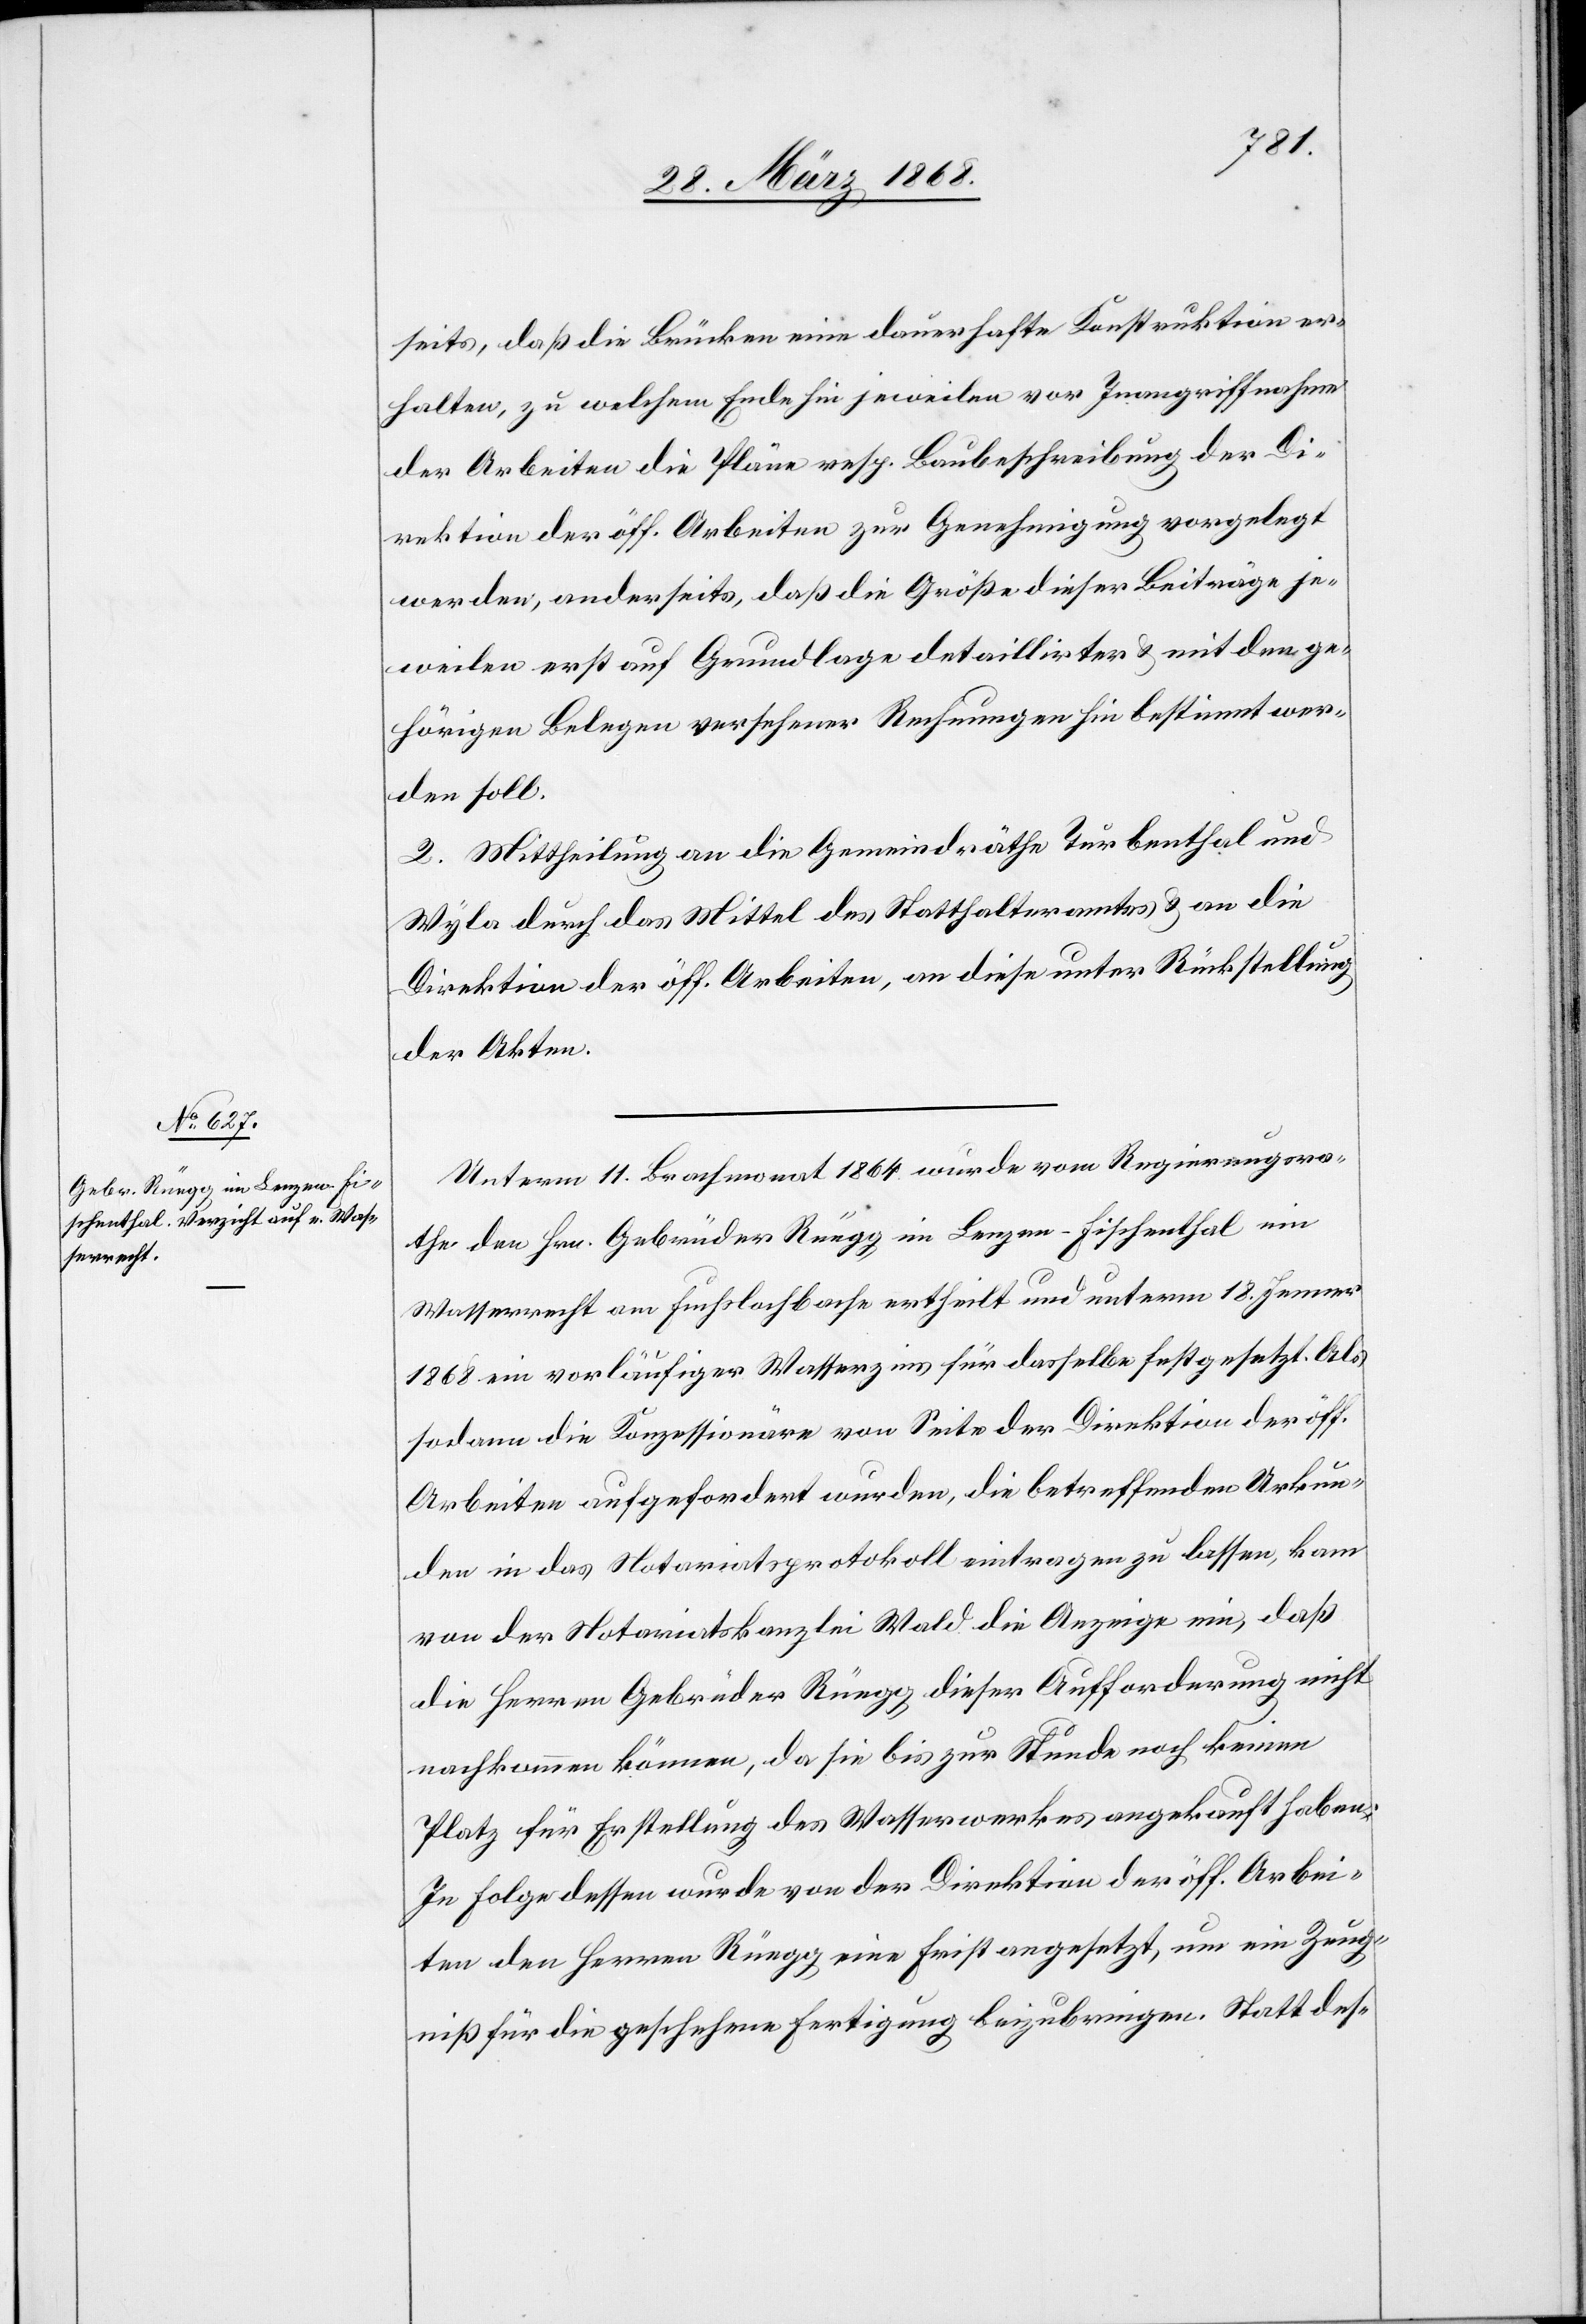
seits, daß die Brücken eine dauerhafte Konstruktion er¬
halten, zu welchem Ende hin jeweilen vor Inangriffnahme
der Arbeiten die Pläne resp. Baubeschreibung der Di¬
rektion der öff. Arbeiten zur Genehmigung vorgelegt
werden, anderseits, daß die Größe dieser Beiträge je¬
weilen erst auf Grundlage detaillirter & mit den ge¬
hörigen Belegen versehener Rechnungen hin bestimmt wer¬
den soll.
2. Mittheilung an die Gemeindräthe Turbenthal und
Wyla durch das Mittel des Statthalteramtes & an die
Direktion der öff. Arbeiten, an diese unter Rückstellung
der Akten.
Unterm 11. Brachmonat 1864 wurde vom Regierungsra¬
the den Hrn. Gebrüder Rüegg im Lenzen-Fischenthal ein
Wasserrecht am Fuchslochbache ertheilt und unterm 18. Jenner
1868 ein vorläufiger Wasserzins für dasselbe festgesetzt. Als
sodann die Konzessionäre von Seite der Direktion der öff.
Arbeiten aufgefordert wurden, die betreffenden Urkun¬
den in das Notariatsprotokoll eintragen zu lassen, kam
von der Notariatskanzlei Wald die Anzeige ein, daß
die Herren Gebrüder Rüegg dieser Aufforderung nicht
nachkommen können, da sie bis zur Stunde noch keinen
Platz für Erstellung des Wasserwerkes angekauft haben.
In Folge dessen wurde von der Direktion der öff. Arbei¬
ten den Herren Rüegg eine Frist angesetzt, um ein Zeug¬
niß für die geschehene Fertigung beizubringen. Statt des-